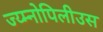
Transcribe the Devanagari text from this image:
ज्य्म्नोपिलीउस